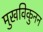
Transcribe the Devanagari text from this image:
मुखविकुनन